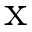
\mathrm { x }